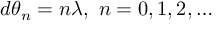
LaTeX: ~ d \theta _ { n } = n \lambda , ~ n = 0 , 1 , 2 , \ldots